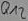
Text: Q12